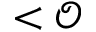
< \mathcal { O }